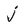
Character: j